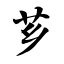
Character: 芗